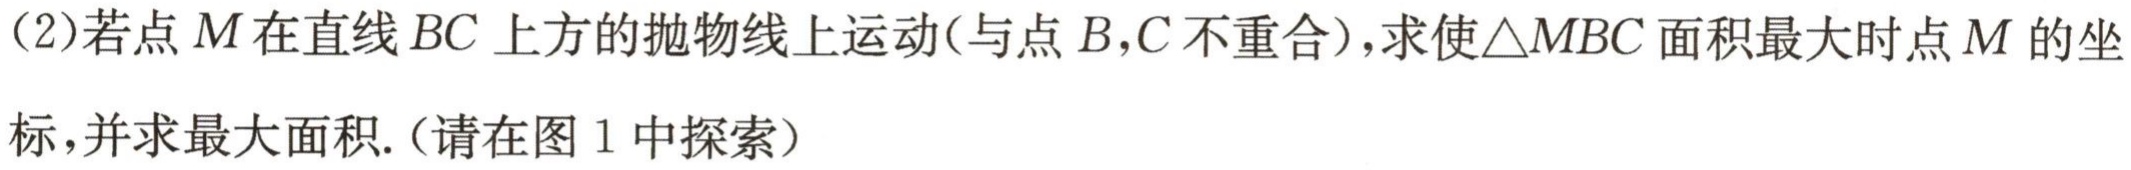
(2)若点\(M\)在直线\(BC\)上方的抛物线上运动(与点\(B,C\)不重合)，求使\(\triangle MBC\)面积最大时点\(M\)的坐标，并求最大面积.（请在图1中探索）